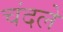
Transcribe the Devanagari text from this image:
चंदले